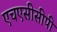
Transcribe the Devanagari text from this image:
एचएसीसीपी